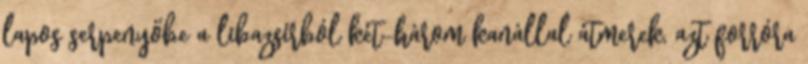
lapos serpenyőbe a libazsírból két-három kanállal átmerek, azt forróra